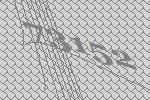
73152